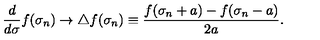
\frac { d } { d \sigma } f ( \sigma _ { n } ) \to \triangle f ( \sigma _ { n } ) \equiv \frac { f ( \sigma _ { n } + a ) - f ( \sigma _ { n } - a ) } { 2 a } .